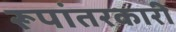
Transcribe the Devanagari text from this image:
रूपांतरकारी